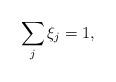
LaTeX: \begin{align*}\sum_j \xi_j = 1,\end{align*}